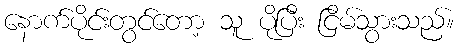
နောက်ပိုင်းတွင်တော့ သူ ပိုပြီး ငြိမ်သွားသည်။